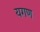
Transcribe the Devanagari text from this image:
यगण